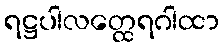
ရဋ္ဌပါလတ္ထေရဂါထာ